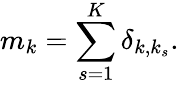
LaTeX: m_{k}=\sum_{s=1}^{K}\delta_{k,k_{s}}.